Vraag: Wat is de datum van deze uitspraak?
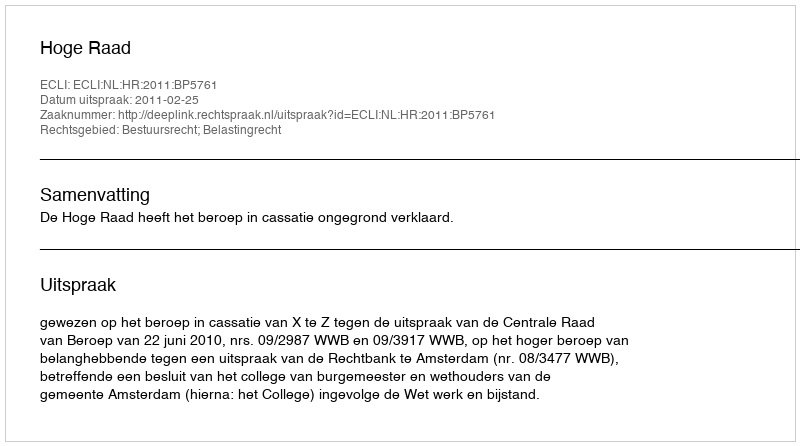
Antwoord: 2011-02-25